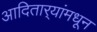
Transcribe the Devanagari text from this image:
आदितार्‍यांमधून